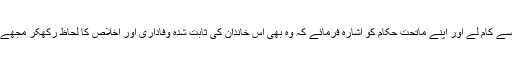
اس خود کاشتہ پودے کی نسبت نہایت حزم اور احتیاط اور تحقیق اور توجہ سے کام لے اور اپنے ماتحت حکام کو اشارہ فرمائے کہ وہ بھی اس خاندان کی ثابت شدہ وفاداری اور اخلاص کا لحاظ رکھکر مجھے اور میری جماعت کوایک خاص عنایت اور مہربانی کی نظر سے دیکھیں۔